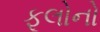
ફૂલોનો